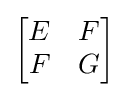
{\begin{bmatrix}E&F\\F&G\end{bmatrix}}